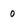
Character: 0